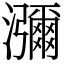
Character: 瀰